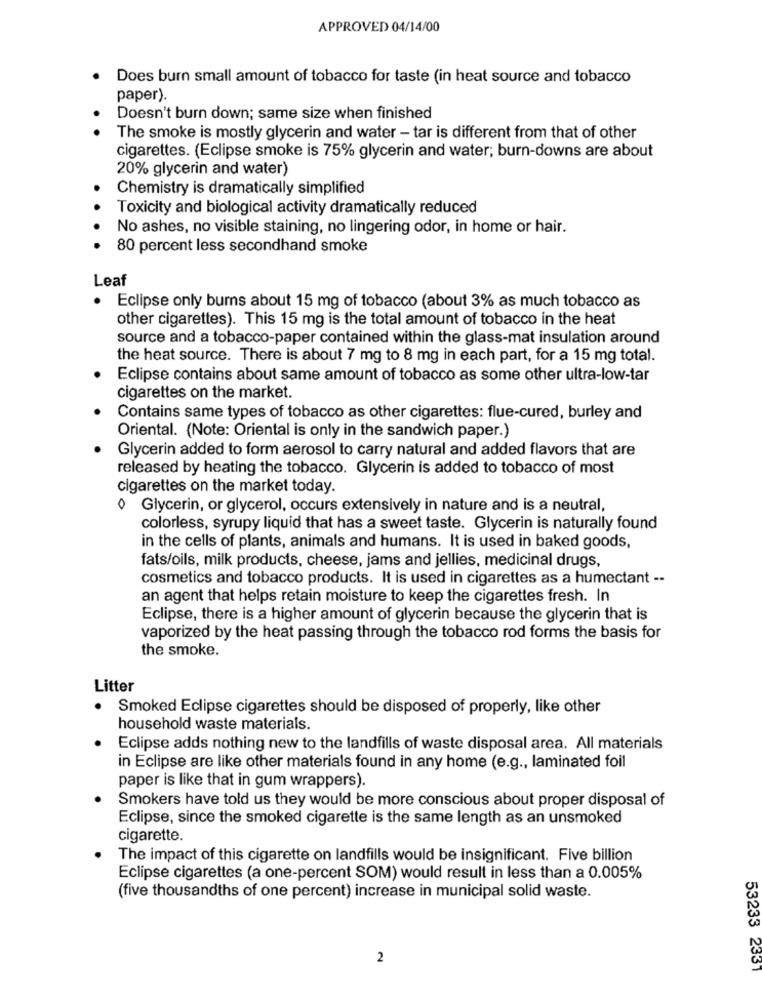
APPROVED 04/14/00
Does burn small amount of tobacco for taste (in heat source and tobacco
paper).
Doesn't burn down; same size when finished
The smoke is mostly glycerin and water - tar is different from that of other
cigarettes. (Eclipse smoke is 75% glycerin and water; burn-downs are about
20% glycerin and water)
Chemistry is dramatically simplified
Toxicity and biological activity dramatically reduced
No ashes, no visible staining, no lingering odor, in home or hair.
80 percent less secondhand smoke
Leaf
Eclipse only burns about 15 mg of tobacco (about 3% as much tobacco as
other cigarettes). This 15 mg is the total amount of tobacco in the heat
source and a tobacco-paper contained within the glass-mat insulation around
the heat source. There is about 7 mg to 8 mg in each part, for a 15 mg total.
Eclipse contains about same amount of tobacco as some other ultra-low-tar
cigarettes on the market.
Contains same types of tobacco as other cigarettes: flue-cured, burley and
Oriental. (Note: Oriental is only in the sandwich paper.)
Glycerin added to form aerosol to carry natural and added flavors that are
released by heating the tobacco. Glycerin is added to tobacco of most
cigarettes on the market today.
o Glycerin, or glycerol, occurs extensively in nature and is a neutral,
colorless, syrupy liquid that has a sweet taste. Glycerin is naturally found
in the cells of plants, animals and humans. It is used in baked goods,
fats/oils, milk products, cheese, jams and jellies, medicinal drugs,
cosmetics and tobacco products. It is used in cigarettes as a humectant --
an agent that helps retain moisture to keep the cigarettes fresh. In
Eclipse, there is a higher amount of glycerin because the glycerin that is
vaporized by the heat passing through the tobacco rod forms the basis for
the smoke.
Litter
Smoked Eclipse cigarettes should be disposed of properly, like other
household waste materials.
Eclipse adds nothing new to the landfills of waste disposal area. All materials
in Eclipse are like other materials found in any home (e.g ., laminated foil
paper is like that in gum wrappers).
Smokers have told us they would be more conscious about proper disposal of
Eclipse, since the smoked cigarette is the same length as an unsmoked
cigarette.
The impact of this cigarette on landfills would be insignificant. Five billion
Eclipse cigarettes (a one-percent SOM) would result in less than a 0.005%
(five thousandths of one percent) increase in municipal solid waste.
2
53233 2331